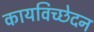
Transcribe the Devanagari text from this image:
कायविच्छेदन